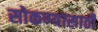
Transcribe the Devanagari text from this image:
सोकण्यासाठी